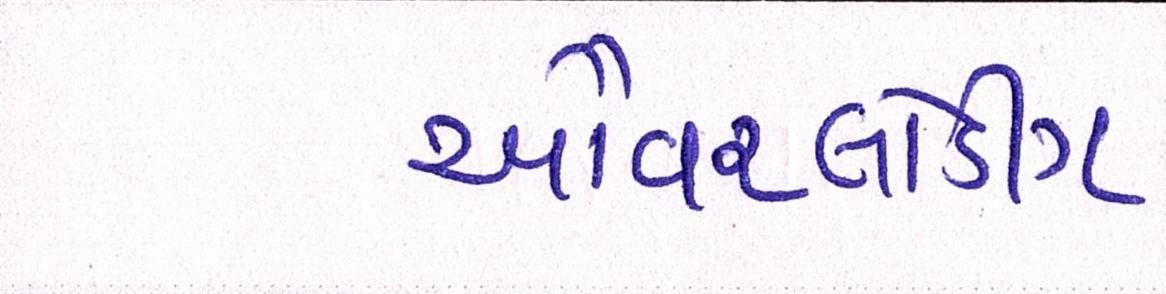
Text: ઓવરલોડીંગ